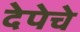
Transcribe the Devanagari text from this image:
देपेचे